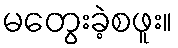
မတွေးခဲ့စဖူး။